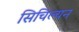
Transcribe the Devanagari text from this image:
सिचिल्यन